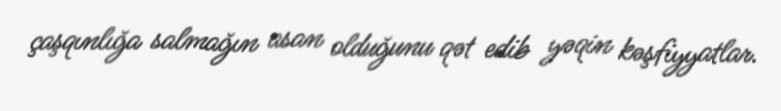
çaşqınlığa salmağın asan olduğunu qət edib yəqin kəşfiyyatlar.